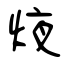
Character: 焲